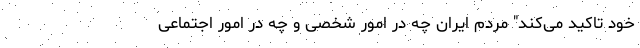
خود تاکید می‌کند" مردم ایران چه در امور شخصی و چه در امور اجتماعی